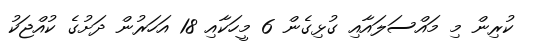
ކުރިން މި މައްސަލައާއި ގުޅިގެން 6 މީހަކާއި 18 އަހަރުން ދަށުގެ ކުއްޖަކު